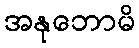
အနုဘောမိ